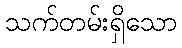
သက်တမ်းရှိသော